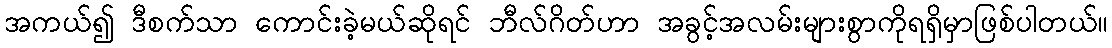
အကယ်၍ ဒီစက်သာ ကောင်းခဲ့မယ်ဆိုရင် ဘီလ်ဂိတ်ဟာ အခွင့်အလမ်းများစွာကိုရရှိမှာဖြစ်ပါတယ်။